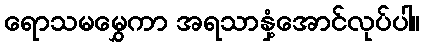
ရောသမမွှေကာ အရသာနှံ့အောင်လုပ်ပါ။